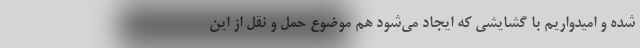
شده و امیدواریم با گشایشی که ایجاد می‌شود هم موضوع حمل و نقل از این